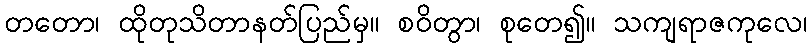
တတော၊ ထိုတုသိတာနတ်ပြည်မှ။ စဝိတွာ၊ စုတေ၍။ သကျရာဇကုလေ၊